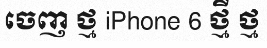
ចេញ ថ្ម iPhone 6 ថ្មី ថ្ម